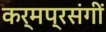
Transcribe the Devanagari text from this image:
कर्मप्रसंगीं